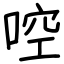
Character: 啌